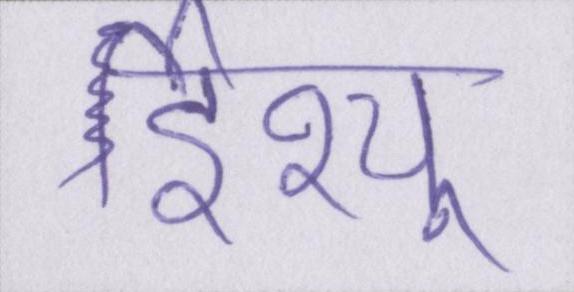
ईश्यु